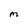
Character: M